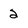
Character: 2